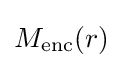
{\textstyle M_{\text{enc}}(r)}